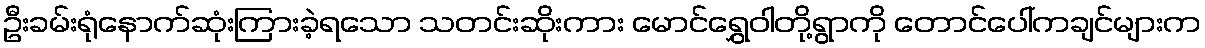
ဦးခမ်းရုံနောက်ဆုံးကြားခဲ့ရသော သတင်းဆိုးကား မောင်ရွှေဝါတို့ရွာကို တောင်ပေါ်ကချင်များက